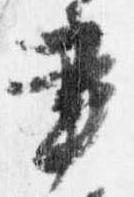
書